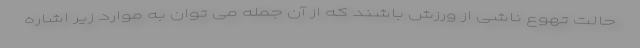
حالت تهوع ناشی از ورزش باشند که از آن جمله می توان به موارد زیر اشاره